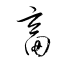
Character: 畜